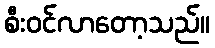
စီးဝင်လာတော့သည်။